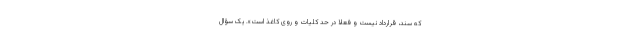
که سند، قرارداد نیست و فعلا در حد کلیات و روی کاغذ است». یک سؤال